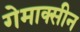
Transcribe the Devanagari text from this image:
गेमाक्सीन